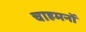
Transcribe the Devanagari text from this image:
चाहमनों